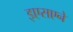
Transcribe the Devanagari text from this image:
इएसएने